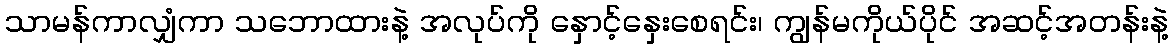
သာမန်ကာလျှံကာ သဘောထားနဲ့ အလုပ်ကို နှောင့်နှေးစေရင်း၊ ကျွန်မကိုယ်ပိုင် အဆင့်အတန်းနဲ့